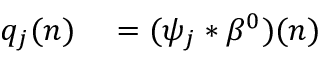
\begin{array} { r l } { q _ { j } ( n ) } & { { } = ( \psi _ { j } * \beta ^ { 0 } ) ( n ) } \end{array}